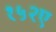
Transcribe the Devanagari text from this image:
१५२ए